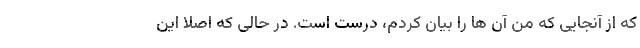
که از آنجایی که من آن ها را بیان کردم، درست است. در حالی که اصلا این